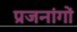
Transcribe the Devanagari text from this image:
प्रजनांगों